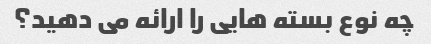
چه نوع بسته هایی را ارائه می دهید؟